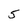
Character: 5